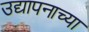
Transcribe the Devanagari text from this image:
उद्यापनाच्या